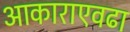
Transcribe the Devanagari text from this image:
आकाराएवढा